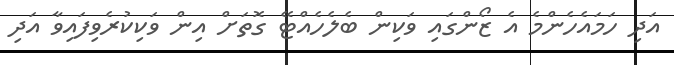
އަދި ހަމައެހެންމެ އެ ޒޯންގައި ވަކިން ބެލެހެއްޓޭ ގޮތަށް އިން ވަކިކުރެވިފައިވާ އަދި